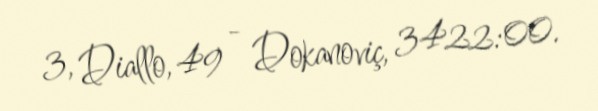
3, Diallo, 49 - Dokanoviç, 3422:00.